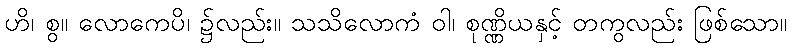
ဟိ၊ စွ။ လောကေပိ၊ ၌လည်း။ သသိလောကံ ဝါ၊ စုဏ္ဏိယနှင့် တကွလည်း ဖြစ်သော။